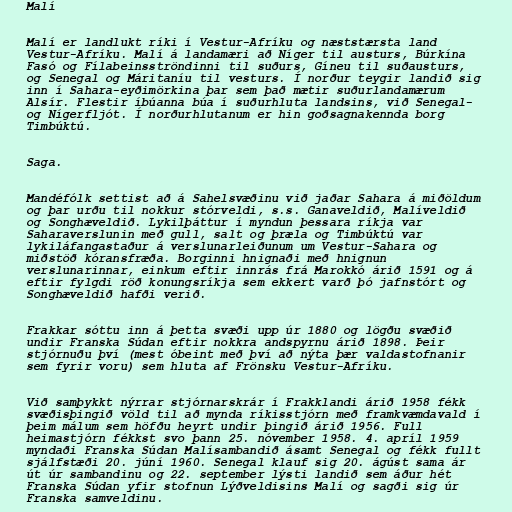
Malí

Malí er landlukt ríki í Vestur-Afríku og næststærsta land
Vestur-Afríku. Malí á landamæri að Níger til austurs, Búrkína
Fasó og Fílabeinsströndinni til suðurs, Gíneu til suðausturs,
og Senegal og Máritaníu til vesturs. Í norður teygir landið sig
inn í Sahara-eyðimörkina þar sem það mætir suðurlandamærum
Alsír. Flestir íbúanna búa í suðurhluta landsins, við Senegal-
og Nígerfljót. Í norðurhlutanum er hin goðsagnakennda borg
Timbúktú.

Saga.

Mandéfólk settist að á Sahelsvæðinu við jaðar Sahara á miðöldum
og þar urðu til nokkur stórveldi, s.s. Ganaveldið, Malíveldið
og Songhæveldið. Lykilþáttur í myndun þessara ríkja var
Saharaverslunin með gull, salt og þræla og Timbúktú var
lykiláfangastaður á verslunarleiðunum um Vestur-Sahara og
miðstöð kóransfræða. Borginni hnignaði með hnignun
verslunarinnar, einkum eftir innrás frá Marokkó árið 1591 og á
eftir fylgdi röð konungsríkja sem ekkert varð þó jafnstórt og
Songhæveldið hafði verið.

Frakkar sóttu inn á þetta svæði upp úr 1880 og lögðu svæðið
undir Franska Súdan eftir nokkra andspyrnu árið 1898. Þeir
stjórnuðu því (mest óbeint með því að nýta þær valdastofnanir
sem fyrir voru) sem hluta af Frönsku Vestur-Afríku.

Við samþykkt nýrrar stjórnarskrár í Frakklandi árið 1958 fékk
svæðisþingið völd til að mynda ríkisstjórn með framkvæmdavald í
þeim málum sem höfðu heyrt undir þingið árið 1956. Full
heimastjórn fékkst svo þann 25. nóvember 1958. 4. apríl 1959
myndaði Franska Súdan Malísambandið ásamt Senegal og fékk fullt
sjálfstæði 20. júní 1960. Senegal klauf sig 20. ágúst sama ár
út úr sambandinu og 22. september lýsti landið sem áður hét
Franska Súdan yfir stofnun Lýðveldisins Malí og sagði sig úr
Franska samveldinu.